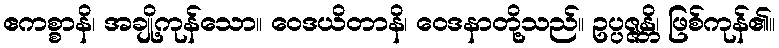
ဧကစ္စာနိ၊ အချို့ကုန်သော။ ဝေဒယိတာနိ၊ ဝေဒနာတို့သည်။ ဥပ္ပဇ္ဇန္တိ၊ ဖြစ်ကုန်၏။